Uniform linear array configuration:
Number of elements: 64
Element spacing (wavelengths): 0.25
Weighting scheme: binomial
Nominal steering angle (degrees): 15
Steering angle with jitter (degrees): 16.61
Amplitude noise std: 0.05
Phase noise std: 0.05

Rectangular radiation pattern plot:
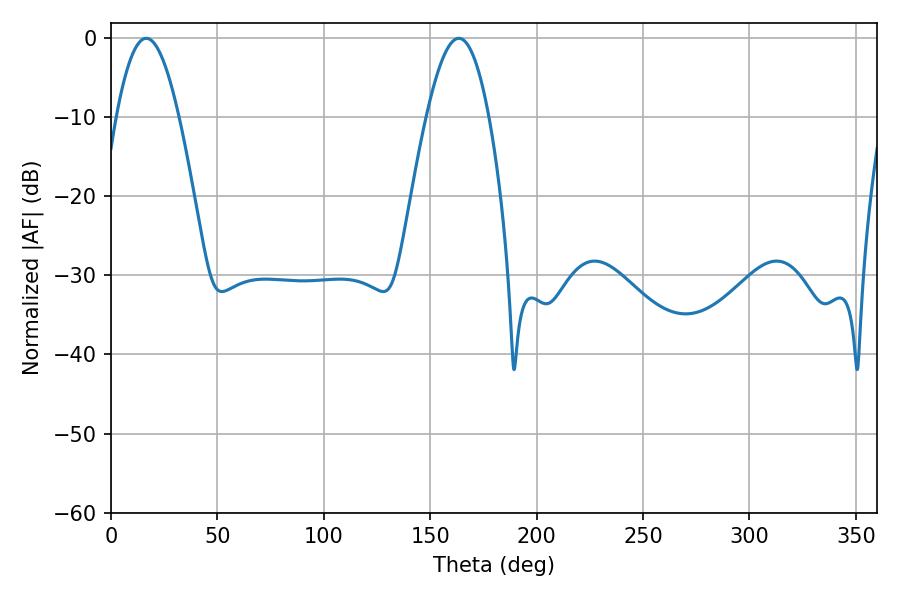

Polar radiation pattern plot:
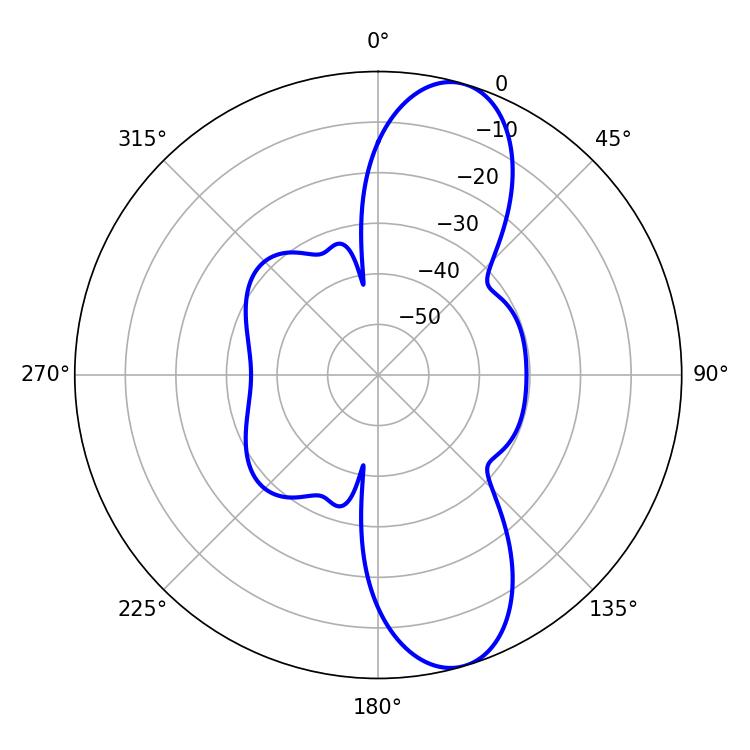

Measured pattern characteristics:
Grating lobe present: FALSE
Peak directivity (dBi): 10.604
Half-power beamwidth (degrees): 15.84
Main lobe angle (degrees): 16.56